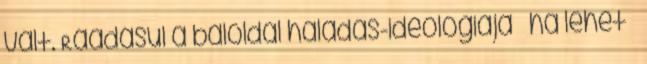
vált. Ráadásul a baloldal haladás-ideológiája – ha lehet –